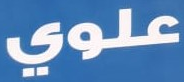
علوي